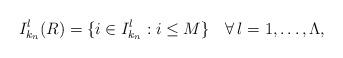
LaTeX: \begin{align*}I^l_{k_n}(R)=\{ i \in I^l_{k_n}: i \leq M\} \ \ \ \forall \, l =1, \dots, \Lambda,\end{align*}